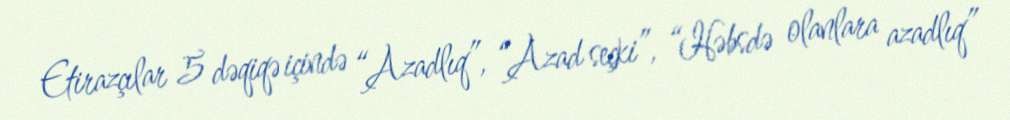
Etirazçılar 5 dəqiqə içində “Azadlıq”, “Azad seçki”, “Həbsdə olanlara azadlıq”